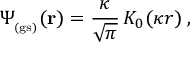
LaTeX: \Psi _ { _ \mathrm { ( g s ) } } ( { \bf r } ) = \frac { \kappa } { \sqrt { \pi } } \, K _ { 0 } ( \kappa r ) \; ,